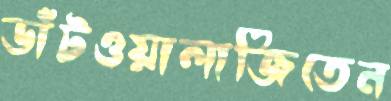
ডাঁটওয়ালাজিতেন